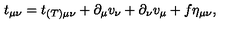
t _ { \mu \nu } = t _ { ( T ) \mu \nu } + \partial _ { \mu } v _ { \nu } + \partial _ { \nu } v _ { \mu } + f \eta _ { \mu \nu } ,